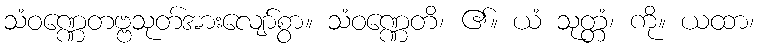
သံဝဏ္ဏေတဗ္ဗသုတ်အားလျော်စွာ။ သံဝဏ္ဏေတိ၊ ၏။ ယံ သုတ္တံ၊ ကို။ ယထာ၊